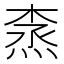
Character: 𰞽